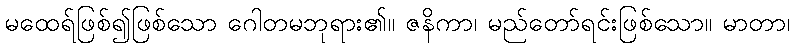
မထေရ်ဖြစ်၍ဖြစ်သော ဂေါတမဘုရား၏။ ဇနိကာ၊ မည်တော်ရင်းဖြစ်သော။ မာတာ၊